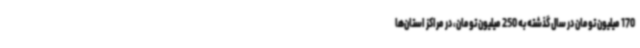
170 میلیون تومان در سال گذشته به 250 میلیون تومان، در مراکز استان‌ها